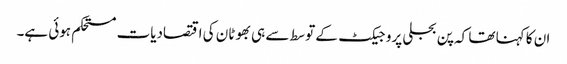
ان کا کہنا تھا کہ پن بجلی پروجیکٹ کے توسط سے ہی بھوٹان کی اقتصادیات مستحکم ہوئی ہے۔